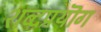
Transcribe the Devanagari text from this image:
शब्दप्रयॊग